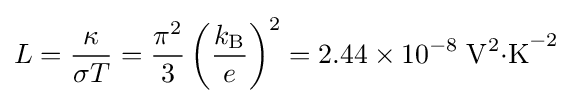
L={\frac {\kappa }{\sigma T}}={\frac {\pi ^{2}}{3}}\left({\frac {k_{\rm {B}}}{e}}\right)^{2}=2.44\times 10^{-8}\;\mathrm {V^{2}{\cdot }K} ^{-2}